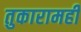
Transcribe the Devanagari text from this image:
तुकारामही